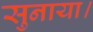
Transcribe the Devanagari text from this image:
सुनाया।